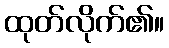
ထုတ်လိုက်၏။